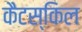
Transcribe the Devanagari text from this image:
कैटस्किल